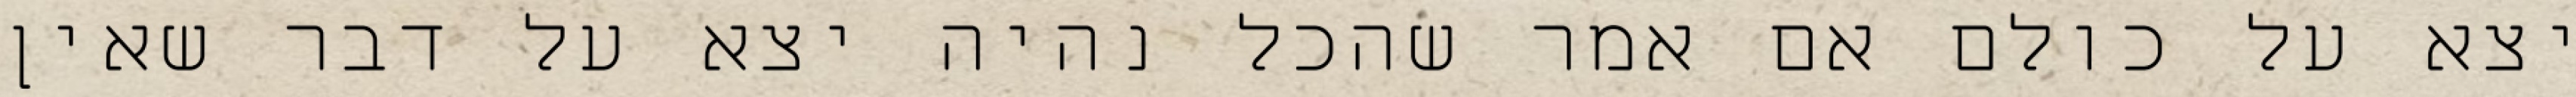
יצא על כולם אם אמר שהכל נהיה יצא על דבר שאין